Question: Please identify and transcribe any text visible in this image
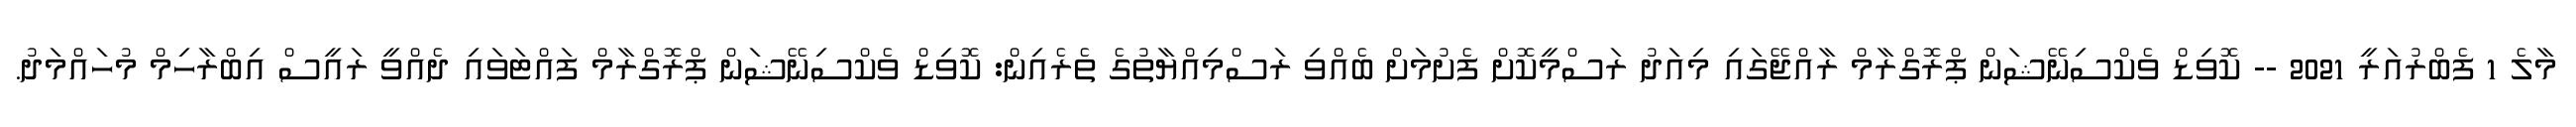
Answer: މާލެ 1 ފެބްރުއަރީ 2021 -- ކޮވިޑް ވެކްސިނޭޝަން ޕްރޮގްރާމް ރާއްޖޭގައި މިއަދު ރަސްމީކޮށް ފެށުމަށް ބެއްވި ރަސްމިއްޔާތުގެ ތެރެއިން: ކޮވިޑް ވެކްސިނޭޝަން ޕްރޮގްރާމް ފައްޓަވައި ދެއްވީ ރައީސް އިބްރާހިމް މުހައްމަދު.